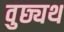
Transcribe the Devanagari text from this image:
वुछ्यथ